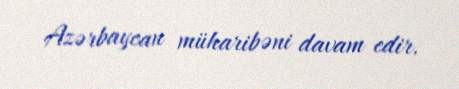
Azərbaycan müharibəni davam edir.